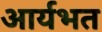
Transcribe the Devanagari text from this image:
आर्यभत